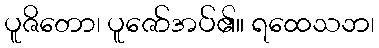
ပူဇိတော၊ ပူဇော်အပ်၏။ ရထေသဘ၊